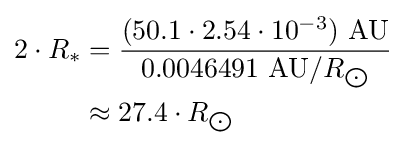
{\begin{aligned}2\cdot R_{*}&={\frac {(50.1\cdot 2.54\cdot 10^{-3})\ {\text{AU}}}{0.0046491\ {\text{AU}}/R_{\bigodot }}}\\&\approx 27.4\cdot R_{\bigodot }\end{aligned}}